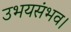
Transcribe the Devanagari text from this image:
उभयसंभव।